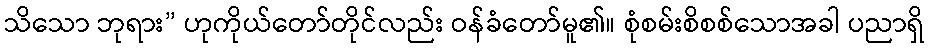
သိသော ဘုရား” ဟုကိုယ်တော်တိုင်လည်း ဝန်ခံတော်မူ၏။ စုံစမ်းစိစစ်သောအခါ ပညာရှိ